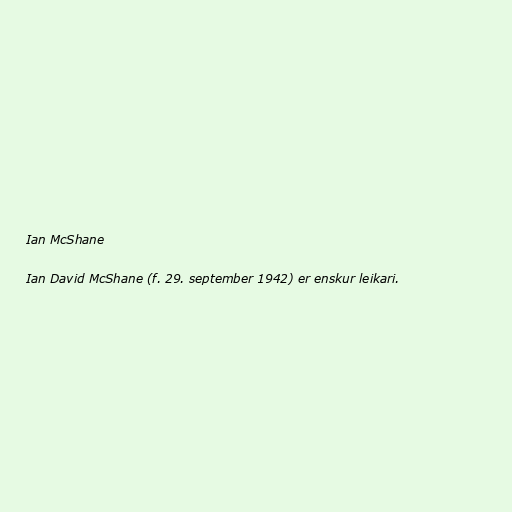
Ian McShane

Ian David McShane (f. 29. september 1942) er enskur leikari.